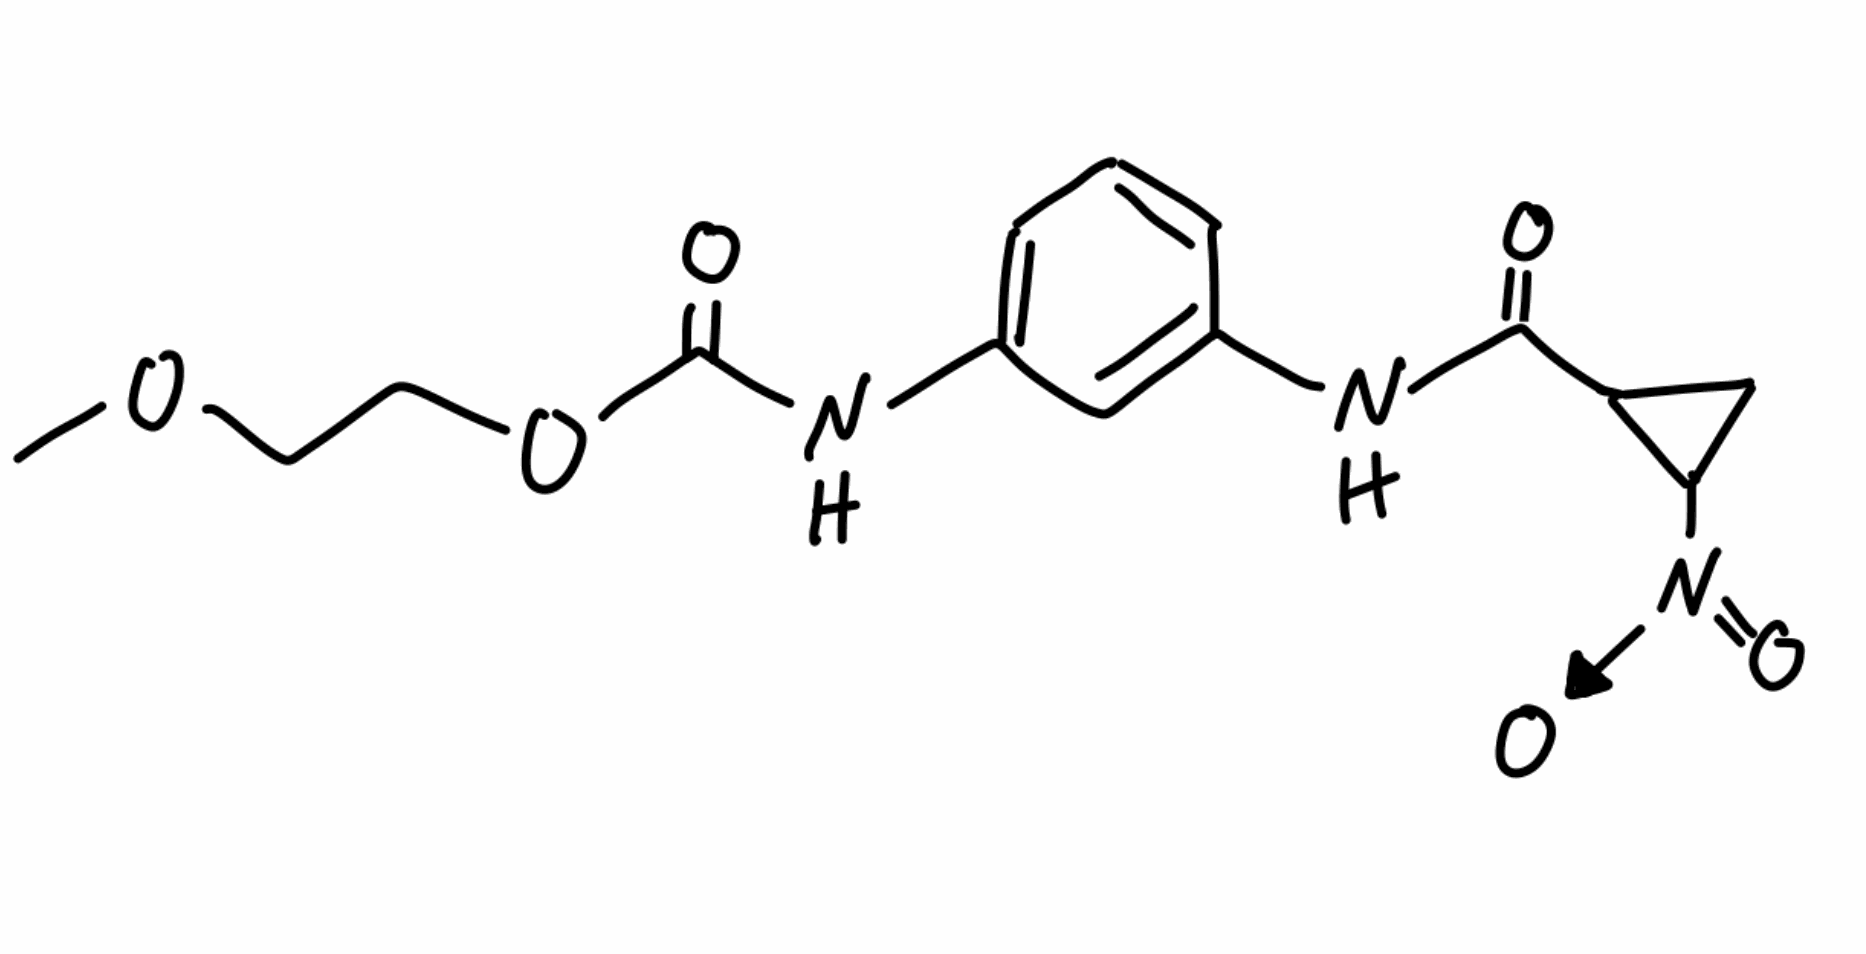
Simplified molecular-input line-entry system (SMILES) notation of the given molecule:
COCCOC(=O)NC1=CC=CC(=C1)NC(=O)C2CC2[N+](=O)[O-]